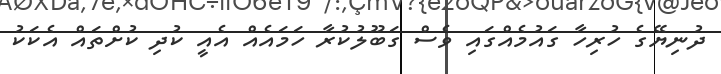
ދުނިޔޭގެ ހުރިހާ ގައުމެއްގައި ވެސް ގަބޫލުކުރާ ހަމައެއް އެއީ ކުދި ކުށްތައް އެކަކު